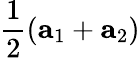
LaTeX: \frac{1}{2}(\mathbf{a}_{1}+\mathbf{a}_{2})